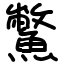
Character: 鱉